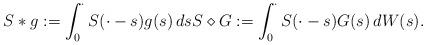
LaTeX: \begin{align*} S \ast g := \int_0^\cdot S(\cdot-s)g(s)\,ds S \diamond G := \int_0^\cdot S(\cdot-s)G(s)\,dW(s).\end{align*}